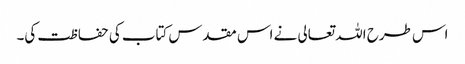
اس طرح اللہ تعالی نے اس مقدس کتاب کی حفاظت کی۔